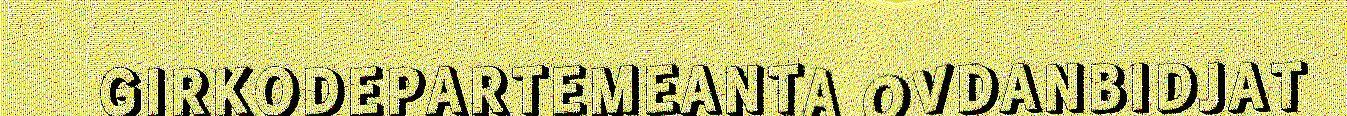
GIRKODEPARTEMEANTA OVDANBIDJAT